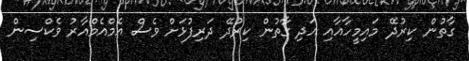
ގާތުން ކިރުދޭ މައިމީހާއާއި އަދި ގާތުން ކިރުދޭ ދަރިފުޅަށް ވެސް އެމްއެމްއާރު ވެކްސިން